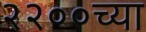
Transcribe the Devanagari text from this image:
२२००च्या